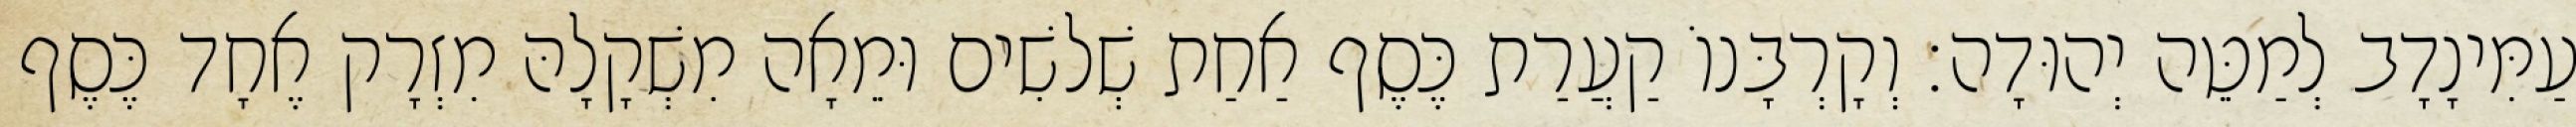
עַמִּינָדָב לְמַטֵּה יְהוּדָה׃ וְקָרְבָּנוֹ קַעֲרַת כֶּסֶף אַחַת שְׁלשִׁים וּמֵאָה מִשְׁקָלָהּ מִזְרָק אֶחָד כֶּסֶף